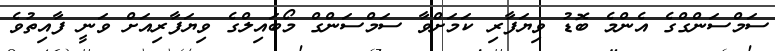
ސަމްސަންގްގެ އެންމެ ބޮޑު ވިޔަފާރި ކަމަށްވާ ސަމްސަންގް މޯބައިލްގެ ވިޔަފާރިއަށް ވަނީ ފާއިތުވެ